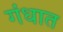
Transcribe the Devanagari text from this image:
गंधात